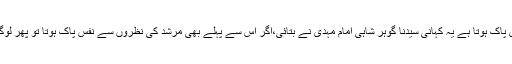
مرشد کی نظروں سے نفس پاک ہوتا ہے یہ کہانی سیدنا گوہر شاہی امام مہدی نے بتائی،اگر اس سے پہلے بھی مرشد کی نظروں سے نفس پاک ہوتا تو پھر لوگ جنگلوں میں کیوں گئے؟